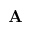
\mathbf { A }